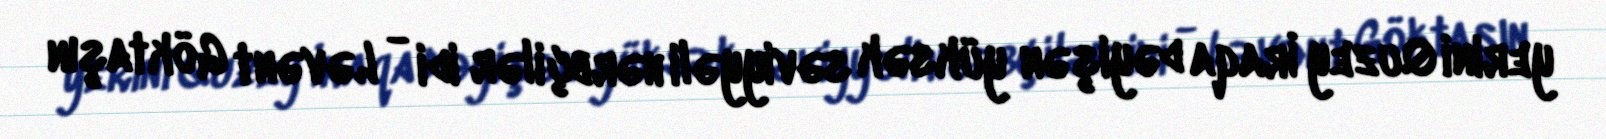
yerini Quzey İraqa dəyişən yüksək səviyyəli hərbçilər idi - Ləvənt Göktaşın